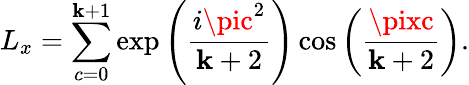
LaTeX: L_{x}=\sum_{c=0}^{\mathbf{k}+1}\exp\left(\frac{{i\pic^{2}}}{{\mathbf{k}+2}}\right)\cos\left(\frac{{\pixc}}{{\mathbf{k}+2}}\right).